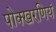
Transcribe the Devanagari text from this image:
पोक्खरणियं